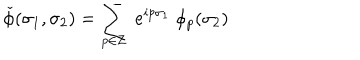
\check { \phi } ( \sigma _ { 1 } , \sigma _ { 2 } ) = \sum _ { p \in { \bf Z } } ~ e ^ { i p \sigma _ { 1 } } ~ \phi _ { p } ( \sigma _ { 2 } )